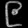
Digit: ၉